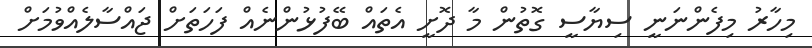
މިހާރު މިފެންނަނީ ސިޔާސީ ގޮތުން މާ ދޮށީ އެތައް ބޭފުޅުންނެއް ފަހަތަށް ޖައްސާލެއްވުމަށް